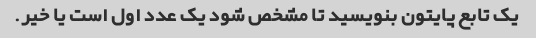
یک تابع پایتون بنویسید تا مشخص شود یک عدد اول است یا خیر.